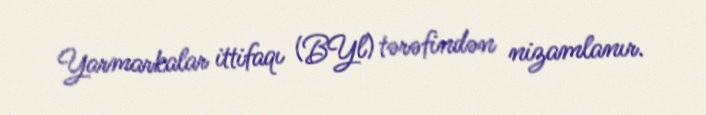
Yarmarkalar ittifaqı (BYl) tərəfindən nizamlanır.